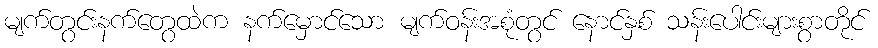
မျက်တွင်းနက်တွေထဲက နက်မှောင်သော မျက်ဝန်းအစုံတွင် နောင်နှစ် သန်းပေါင်းများစွာတိုင်